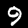
Digit: 9